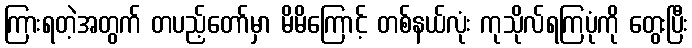
ကြားရတဲ့အတွက် တပည့်တော်မှာ မိမိကြောင့် တစ်နယ်လုံး ကုသိုလ်ရကြပုံကို တွေးပြီး